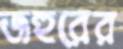
জহুরের